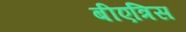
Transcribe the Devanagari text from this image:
बीएत्रिस